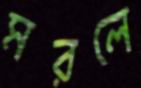
মরলে